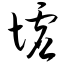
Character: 墟